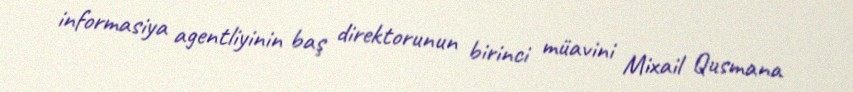
informasiya agentliyinin baş direktorunun birinci müavini Mixail Qusmana